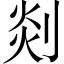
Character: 剡